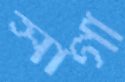
সাগা